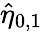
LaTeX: \hat{\eta}_{0,1}